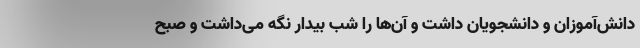
دانش‌آموزان و دانشجویان داشت و آن‌ها را شب بیدار نگه می‌داشت و صبح